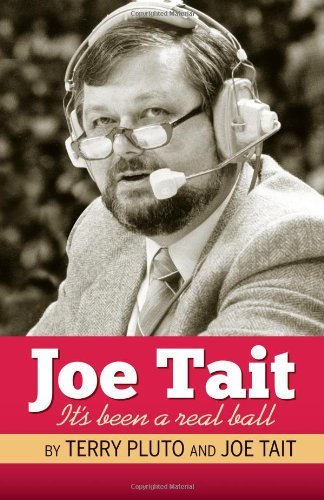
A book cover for Joe Tait: It's Been a Real Ball: Stories from a Hall-of-Fame Sports Broadcasting Career [Paperback] [2011] (Author) Terry Pluto; Sports & Outdoors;